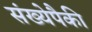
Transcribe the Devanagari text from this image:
संख्येपैकी